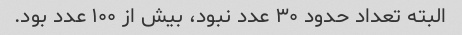
البته تعداد حدود ۳۰ عدد نبود، بیش از ۱۰۰ عدد بود.